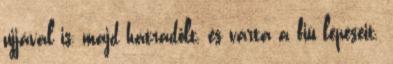
ujjával is, majd hátradőlt, és várta a fiú lépéseit.